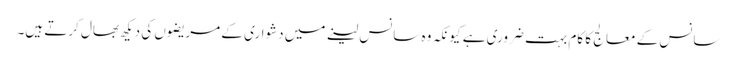
سانس کے معالج کا کام بہت ضروری ہے کیونکہ وہ سانس لینے میں دشواری کے مریضوں کی دیکھ بھال کرتے ہیں۔